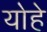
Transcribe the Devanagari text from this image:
योहे